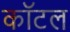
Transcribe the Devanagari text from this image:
कॉटल